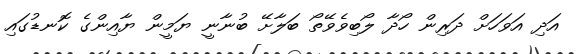
އަދި އަވަހަށް ދަރިން ހޯދާ ލޯބިވެވޭތޯ ބަލާށޭ ބުނާނީ ޔަމީން ޔާއިންގެ ކޮނޑުގައި